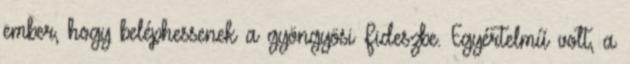
ember, hogy beléphessenek a gyöngyösi Fideszbe. Egyértelmű volt, a